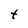
Character: t